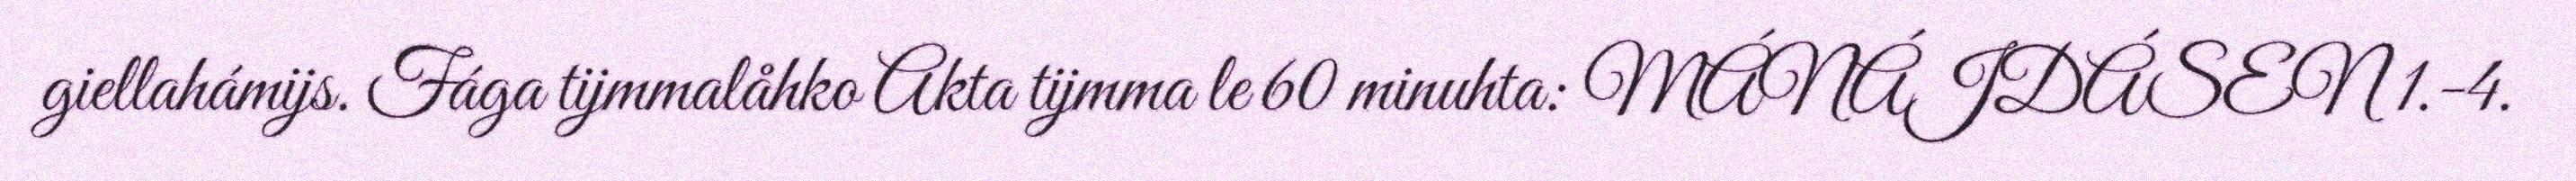
giellahámijs. Fága tijmmalåhko Akta tijmma le 60 minuhta: MÁNÁJDÁSEN 1.-4.